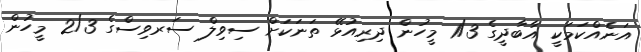
އަނެއްކަމަކީ އާބާދީގެ 1/3 މީހުން ދިރިއުޅޭ ތަނަކަށް ސިވިލް ސަރވިސްގެ 2/3 މީހުން